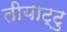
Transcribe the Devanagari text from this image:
तीयाट्टु